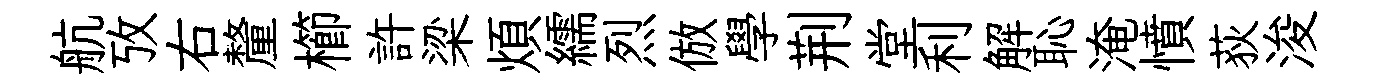
航攷右釐櫛許梁煩繻烈倣學荆堂利解恥淹憤荻浚